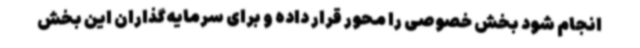
انجام شود بخش خصوصی را محور قرار داده و برای سرمایه‌گذاران این بخش